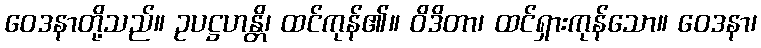
ဝေဒနာတို့သည်။ ဥပဋ္ဌဟန္တိ၊ ထင်ကုန်၏။ ဝိဒိတာ၊ ထင်ရှားကုန်သော။ ဝေဒနာ၊